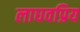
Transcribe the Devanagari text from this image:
लाघवप्रिय